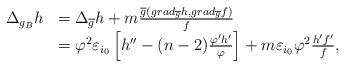
LaTeX: \begin{align*} \begin{array}{rl}\Delta_{g_B}h & =\Delta_{\overline{g}}h + m\frac{\overline{g}(grad_{\overline{g}}h,grad_{\overline{g}}f)}{f}\\ & = \varphi^2\varepsilon_{i_0}\left[h''-(n-2)\frac{\varphi'h'}{\varphi}\right] + m\varepsilon_{i_0}\varphi^2\frac{h'f'}{f},\end{array}\end{align*}